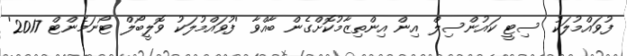
ފުވައްމުލަކު ސިޓީ ކައުންސިލް އިން އިންތިޒާމުކޮށްގެން ބާއްވާ 'ފުވައްމުލަކު ވޮލީބޯލް ޓޯނަމެންޓް 2017'